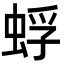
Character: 蜉